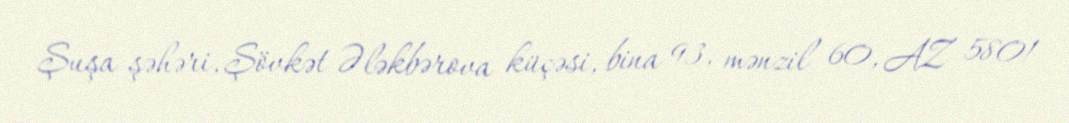
Şuşa şəhəri, Şövkət Ələkbərova küçəsi, bina 93, mənzil 60, AZ 5801